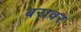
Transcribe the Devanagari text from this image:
बरावर